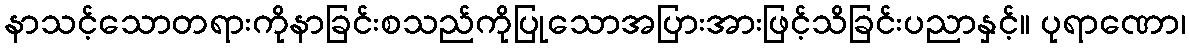
နာသင့်သောတရားကိုနာခြင်းစသည်ကိုပြုသောအပြားအားဖြင့်သိခြင်းပညာနှင့်။ ပုရာဏော၊